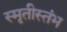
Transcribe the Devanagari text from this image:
स्मृतीस्तंभ